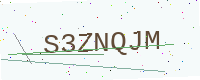
Text: S3ZNQJM